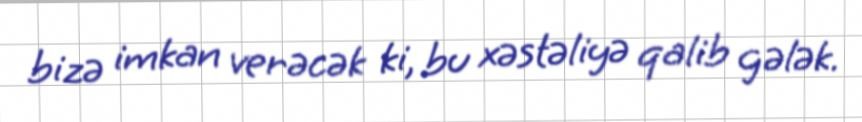
bizə imkan verəcək ki, bu xəstəliyə qalib gələk.